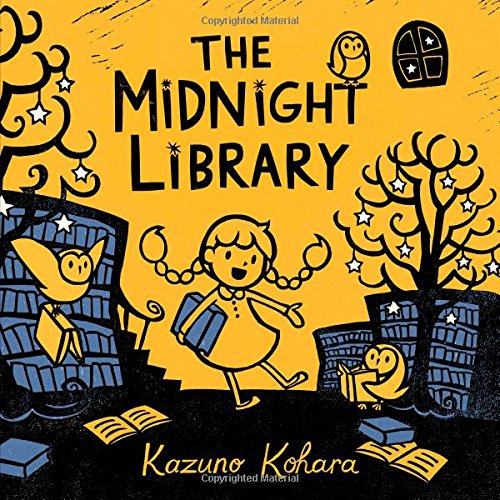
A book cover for The Midnight Library; Kazuno Kohara; Children's Books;